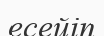
есейіп